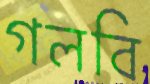
গলবি